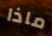
ماذا